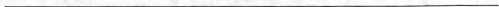
___